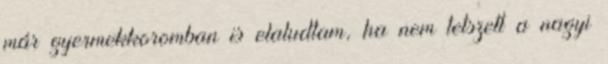
már gyermekkoromban is elaludtam, ha nem tetszett a nagyi